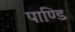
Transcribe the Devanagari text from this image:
पाण्डि